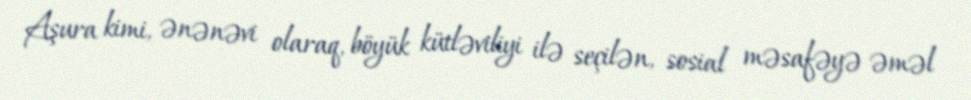
Aşura kimi, ənənəvi olaraq, böyük kütləviliyi ilə seçilən, sosial məsafəyə əməl